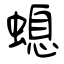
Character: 螅